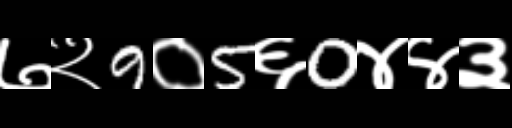
Text: ७२9०5६0४४३